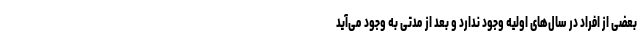
بعضی از افراد در سال‌های اولیه وجود ندارد و بعد از مدتی به وجود می‌آید